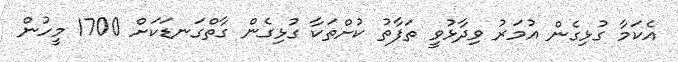
އެކަމާ ގުޅިގެން އުމަރު ވިދާޅުވީ ތަފާތު ކުށްތަކާ ގުޅިގެން ގާތްގަނޑަކަށް 1700 މީހުން